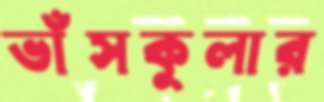
ভাঁসকুলার